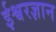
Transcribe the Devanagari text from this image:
ईश्वरज्ञान